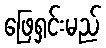
ဖြေရှင်းမည်